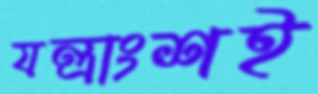
যন্ত্রাংশই